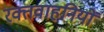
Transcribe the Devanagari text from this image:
रक्तवाहनियों